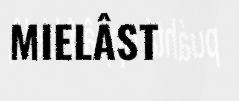
MIELÂST